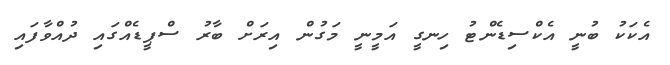
އެކަކު ބުނީ އެކްސިޑެންޓު ހިނގީ އަމީނީ މަގުން އިރަށް ބާރު ސްޕީޑެއްގައި ދުއްވާފައި